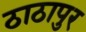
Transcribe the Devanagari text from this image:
ठाठापुर